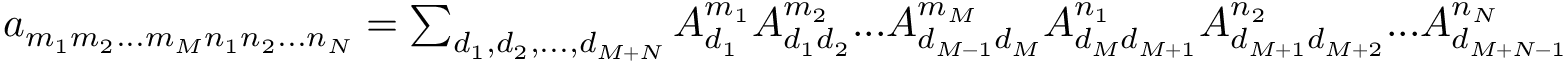
\begin{array} { r } { a _ { m _ { 1 } m _ { 2 } . . . m _ { M } n _ { 1 } n _ { 2 } . . . n _ { N } } = \sum _ { d _ { 1 } , d _ { 2 } , . . . , d _ { M + N } } A _ { d _ { 1 } } ^ { m _ { 1 } } A _ { d _ { 1 } d _ { 2 } } ^ { m _ { 2 } } . . . A _ { d _ { M - 1 } d _ { M } } ^ { m _ { M } } A _ { d _ { M } d _ { M + 1 } } ^ { n _ { 1 } } A _ { d _ { M + 1 } d _ { M + 2 } } ^ { n _ { 2 } } . . . A _ { d _ { M + N - 1 } } ^ { n _ { N } } } \end{array}